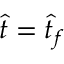
\hat { t } = \hat { t } _ { f }